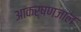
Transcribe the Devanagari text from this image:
आकर्षणजाल